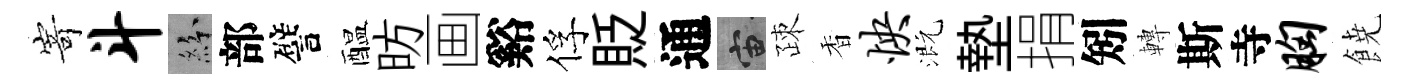
𭔃斗紛部譬醖昉画谿俘貶通宙疎香怏溉墊捐矧轉斯寺胸𩜙